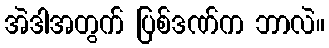
အဲဒါအတွက် ပြစ်ဒဏ်က ဘာလဲ။